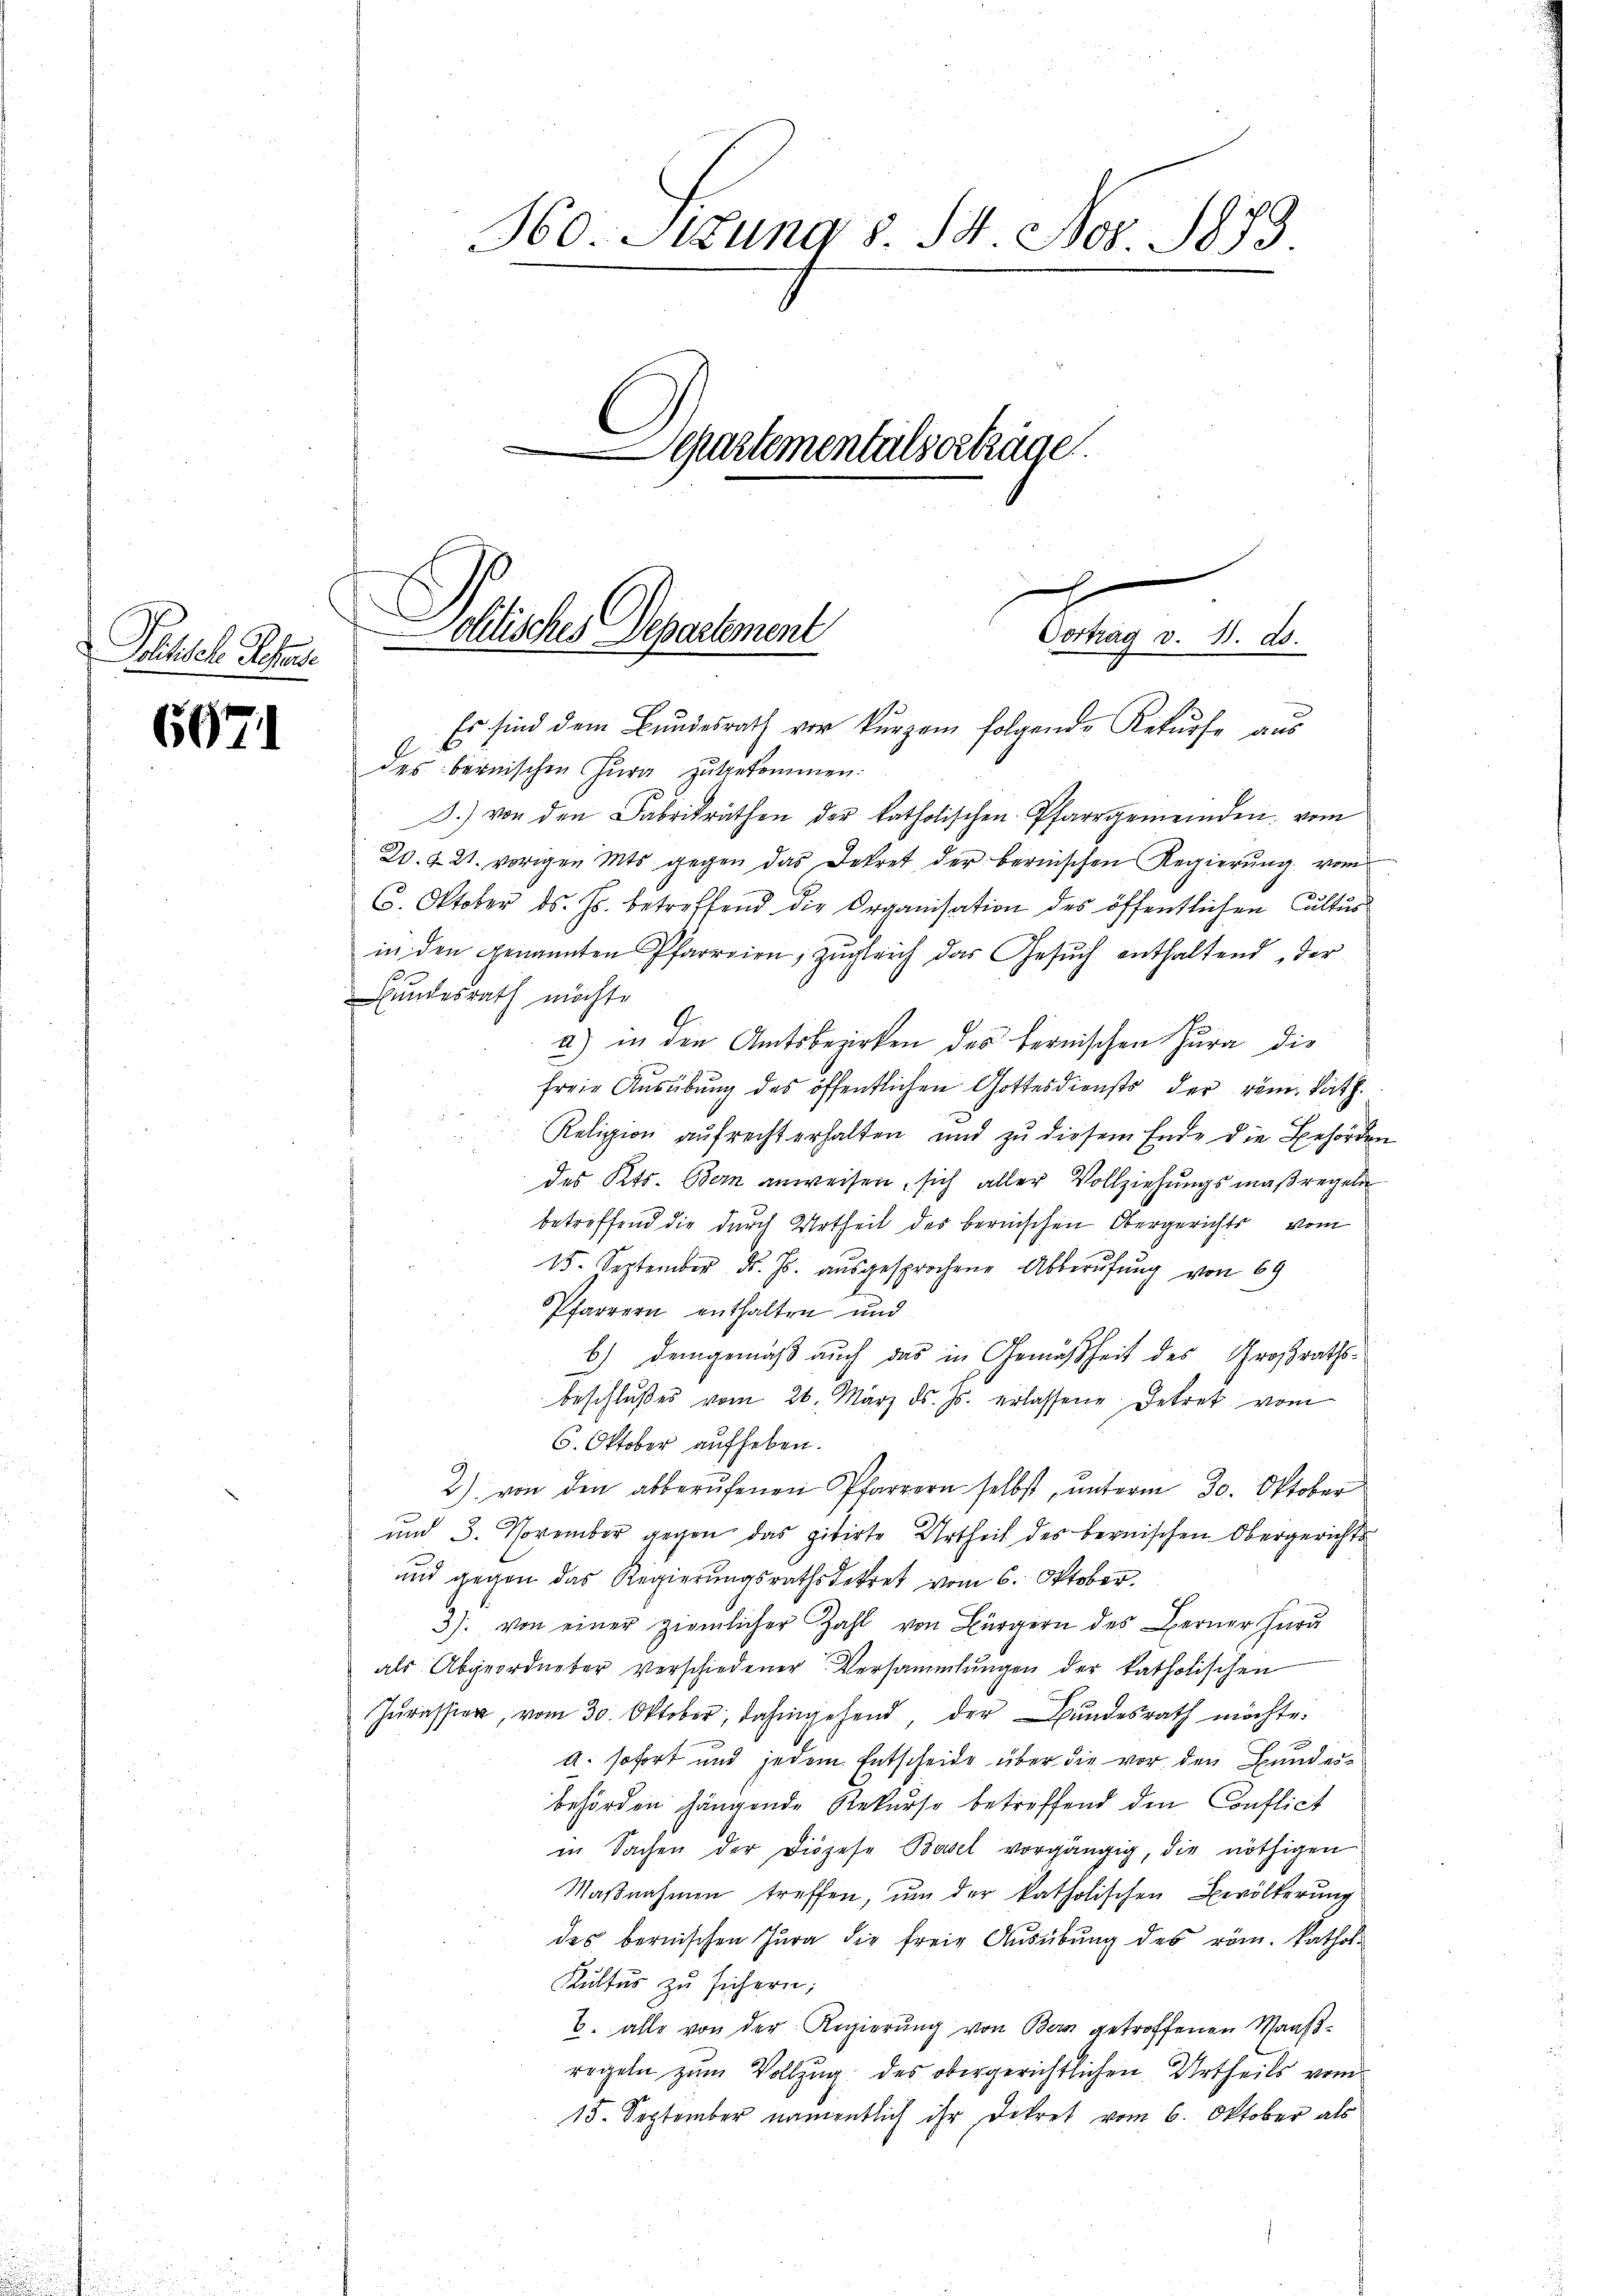
Politische Sechse

6971

360. Jung §. 14. Nov. 1879
Separtementalserträge.

x
Pellische Departement
Vortrag v. 11. ds.
Es sind dem Bundesrath vor kurzem folgende Rekurse aus

des bernischen Jura zugekommen.
J.) von den Fabrikräthen der katholischen Pfarrgemeinden vom
Z. 4. 21. vorigen Mts gegen das Dekret der bernischen Regierŭng vom
6. Oktober ds. Js. betreffend die Organisation des öffentlichen Cultus
in den genannten Pfarreien, zŭgleich das Gesŭch enthaltend, der
Bundesrath möchte
a) in den Amtsbezirken des bernischen Jura die
freie Ausübung des öffentlichen Gottesdiensts der röm. kath.
Religion aufrecht erhalten und zu diesem Ende die Behörden
des Kts. Bern anweisen, sich aller Vollziehungsmaßregeln
betreffend die durch Urtheil des bernischen Obergerichts vom
15. September d. Js. aŭsgesprochene Abberufung von 69
Pfarrern enthalten und
b.) Demgemäß auch das in Gemäßheit des Großrathsbeschlŭβe vom 26. März d. Js. erlassene Betret vom
6. Oktober aufheben.
2) von den abberufenen Pfarrern selbst, unterm 30. Oktober
und 3. November gegen das zitirte Urtheil des bernischen Obergerichts
und gegen das Regierungsrathsdekret vom 6. Oktober.
3). von einer ziemlicher Zahl von Bürgern des Berner Jura
als Abgeordneter verschiedener Versammlungen der katholischen
Zŭrassier, vom 30. Oktober, dahingehend, der Bundesrath möchte.
A. sofort und jedem Entscheide über die vor den Bundesbehörden hängende Rekurse betreffend den Conflict
in Sachen der Diözese Basel vorgängig, die nöthigen
Maßnahmen treffen, um der katholischen Bevölkerung
des bernischen Jura die freie Ausübung des röm. kathol¬
Kultus zu sichern;
2. alle von der Regierung von Bern getroffenen Maaßregeln zum Vollzug des obergerichtlichen Urtheils vom
15. September namentlich ihr Dekret vom 6. Oktober als